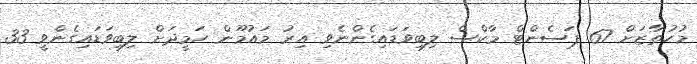
މުހުތާޒަށް 67 ޕަސެންޓް މާކްސް ލިބިވަޑައިގެންނެވި އިރު މައުމޫން ހަމީދަށް ލިބިވަޑައިގެންވީ 33